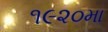
૧૯૨૦મા